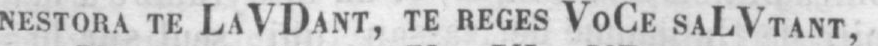
NESTORA TE LAVDANT, TE REGES VOCE SALVTANT,